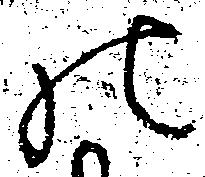
の